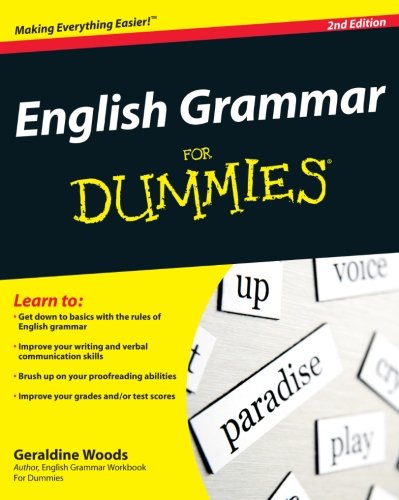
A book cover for English Grammar For Dummies; Geraldine Woods; Reference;